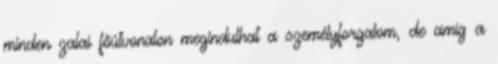
minden zalai főútvonalon megindulhat a személyforgalom, de amíg a